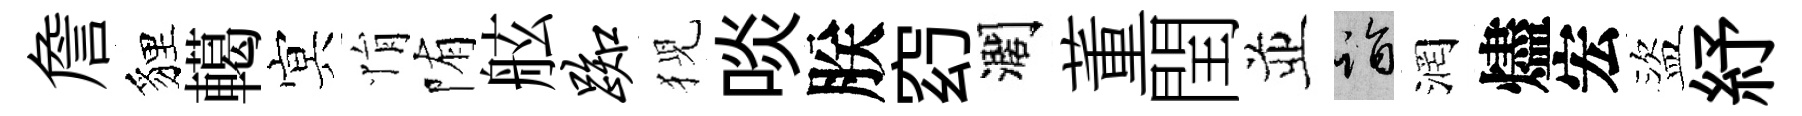
詹貍轕㝠悁陏舷踟猊啖朕𥥆濶董閏並诣润燼宏盜紓